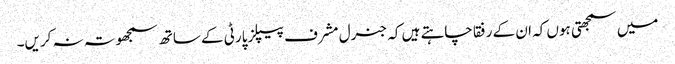
میں سمجھتی ہوں کہ ان کے رفقا چاہتے ہیں کہ جنرل مشرف پیپلز پارٹی کے ساتھ سمجھوتہ نہ کریں۔